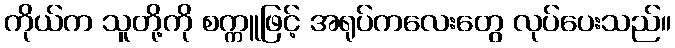
ကိုယ်က သူတို့ကို စက္ကူဖြင့် အရုပ်ကလေးတွေ လုပ်ပေးသည်။